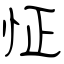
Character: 怔